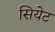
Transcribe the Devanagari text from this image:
सियेट